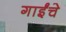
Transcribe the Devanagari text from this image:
गाईंचे